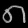
Digit: ၈